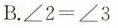
B. $$∠ 2 = ∠ 3$$